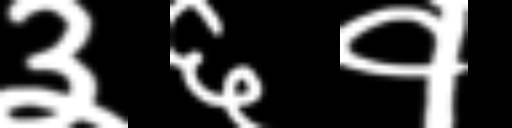
Text: ३६१